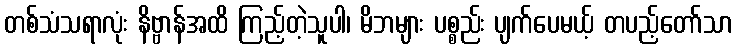
တစ်သံသရာလုံး နိဗ္ဗာန်အထိ ကြည့်တဲ့သူပါ၊ မိဘများ ပစ္စည်း ပျက်ပေမယ့် တပည့်တော်သာ